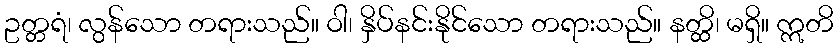
ဥတ္တရံ၊ လွန်သော တရားသည်။ ဝါ၊ နှိပ်နင်းနိုင်သော တရားသည်။ နတ္ထိ၊ မရှိ။ ဣတိ